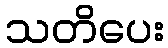
သတိပေး